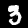
Digit: 3